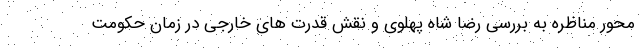
محور مناظره به بررسی رضا شاه پهلوی و نقش قدرت های خارجی در زمان حکومت